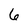
Character: 6